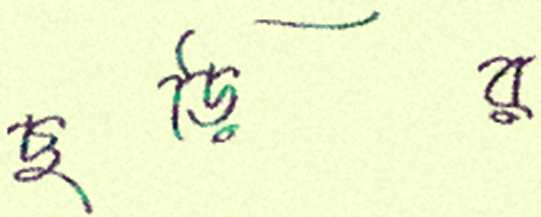
ছড়ির